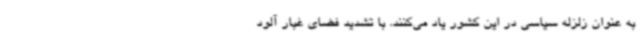
به عنوان زلزله سیاسی در این کشور یاد می‌کنند. با تشدید فضای غبار آلود